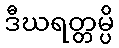
ဒီဃရတ္တမ္ပိ